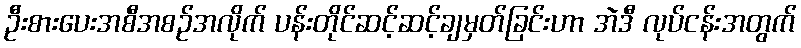
ဦးစားပေးအစီအစဉ်အလိုက် ပန်းတိုင်ဆင့်ဆင့်ချမှတ်ခြင်းဟာ အဲဒီ လုပ်ငန်းအတွက်